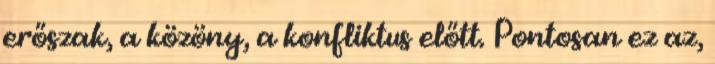
erőszak, a közöny, a konfliktus előtt. Pontosan ez az,